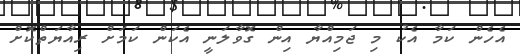
އެހެން ކަމާ އެކު މި ޖަމިއްޔާ އިން ގޮވާލަނީ އެކަން ކަމަށް ރިއާޔަތްކޮށް